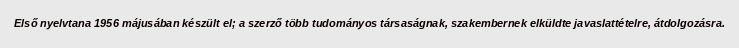
Első nyelvtana 1956 májusában készült el; a szerző több tudományos társaságnak, szakembernek elküldte javaslattételre, átdolgozásra.